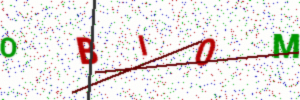
Text: OBI0M